Vaccine operations Central Provinces 1886-1899 - 1886-1899
Year: 1886
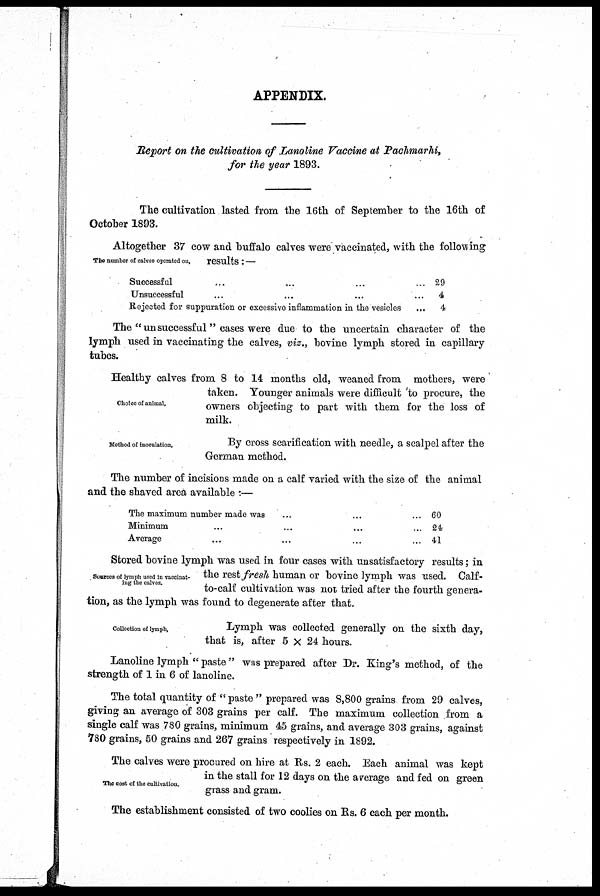
APPENDIX.
Report on the cultivation of Lanoline Vaccine at Pachmarhi,
for the year 1893.
The cultivation lasted from the 16th of September to the 16th of
October 1893.
The number of calves operated on.
Altogether 37 cow and buffalo calves were vaccinated, with the following
results:—
Successful
Unsuccessful
Rejected for suppuration or excessive inflammation in the vesicles
29
4
4
The "unsuccessful" cases were due to the uncertain character of the
lymph used in vaccinating the calves, viz., bovine lymph stored in capillary
tubes.
Choice of animal.
Healthy calves from 8 to 14 months old, weaned from mothers, were
taken. Younger animals were difficult to procure, the
owners objecting to part with them for the loss of
milk.
Method of inoculation.
By cross scarification with needle, a scalpel after the
German method.
The number of incisions made on a calf varied with the size of the animal
and the shaved area available :—
The maximum number made was
Minimum
Average
60
24
41
Sources of lymph used in vaccinat
ing the calves.
Stored bovine lymph was used in four cases with unsatisfactory results; in
the rest fresh human or bovine lymph was used. Calf-
to-calf cultivation was not tried after the fourth genera
tion, as the lymph was found to degenerate after that.
Collection of lymph,
Lymph was collected generally on the sixth day,
that is, after 5 Χ 24 hours.
Lanoline lymph " paste" was prepared after Dr. King's method, of the
strength of 1 in 6 of lanoline.
The total quantity of " paste " prepared was 8,800 grains from 29 calves,
giving an average of 303 grains per calf. The maximum collection from a
single calf was 780 grains, minimum 45 grains, and average 303 grains, against
780 grains, 50 grains and 267 grains respectively in 1892.
The cost of the cultivation.
The calves were procured on hire at Rs. 2 each. Each animal was kept
in the stall for 12 days on the average and fed on green
grass and gram.
The establishment consisted of two coolies on Rs. 6 each per month.